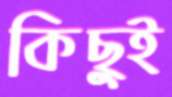
কিছু্ই